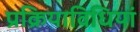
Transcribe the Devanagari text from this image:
प्रक्रियाविधियां